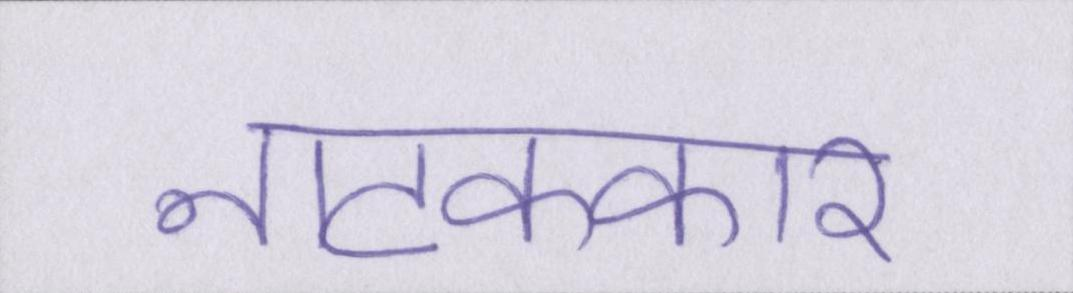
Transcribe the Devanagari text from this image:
नाटककार